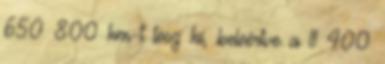
650 800 km-t tesz ki, beleértve a 11 400